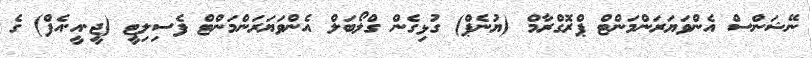
ނޭޝަންސް އެންވަޔަރަންމަންޓް ޕްރޮގްރާމް (ޔުނެޕް) ގުޅިގެން ގްލޯބަލް އެންވަޔަރަންމަންޓް ފެސިލިޓީ (ޖީ.އީ.އެފް) ގެ